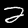
Label: 2